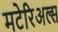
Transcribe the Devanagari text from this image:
मटेरिअल्स